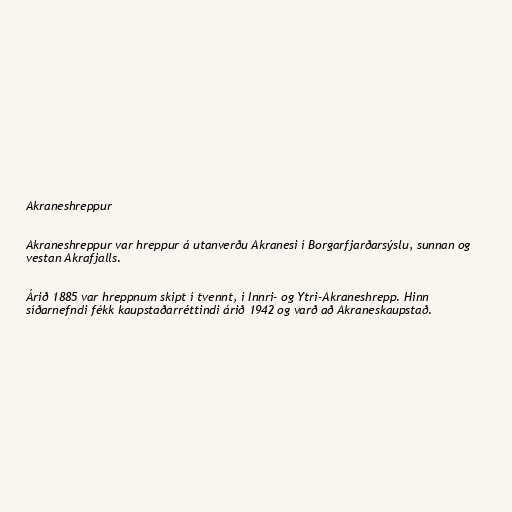
Akraneshreppur

Akraneshreppur var hreppur á utanverðu Akranesi í Borgarfjarðarsýslu, sunnan og
vestan Akrafjalls.

Árið 1885 var hreppnum skipt í tvennt, í Innri- og Ytri-Akraneshrepp. Hinn
síðarnefndi fékk kaupstaðarréttindi árið 1942 og varð að Akraneskaupstað.